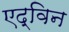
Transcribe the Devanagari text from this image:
एद्विन